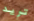
تريد